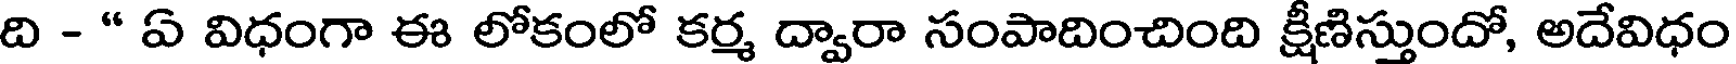
ది - " ఏ విధంగా ఈ లోకంలో కర్మ ద్వారా సంపాదించింది క్షీణిస్తుందో, అదేవిధం